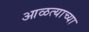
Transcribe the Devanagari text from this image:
आळत्याच्या